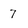
Character: 7